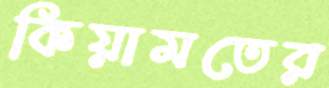
কিয়ামতের